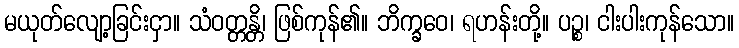
မယုတ်လျော့ခြင်းငှာ။ သံဝတ္တန္တိ၊ ဖြစ်ကုန်၏။ ဘိက္ခဝေ၊ ရဟန်းတို့။ ပဉ္စ၊ ငါးပါးကုန်သော။